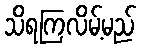
သိရကြလိမ့်မည်